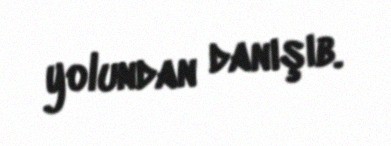
yolundan danışıb.